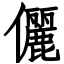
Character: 儷